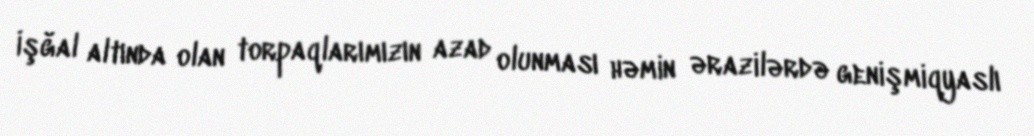
İşğal altında olan torpaqlarımızın azad olunması həmin ərazilərdə genişmiqyaslı